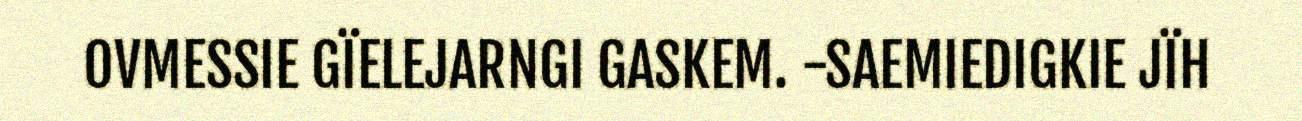
OVMESSIE GÏELEJARNGI GASKEM. -SAEMIEDIGKIE JÏH